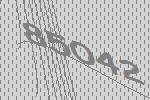
85042